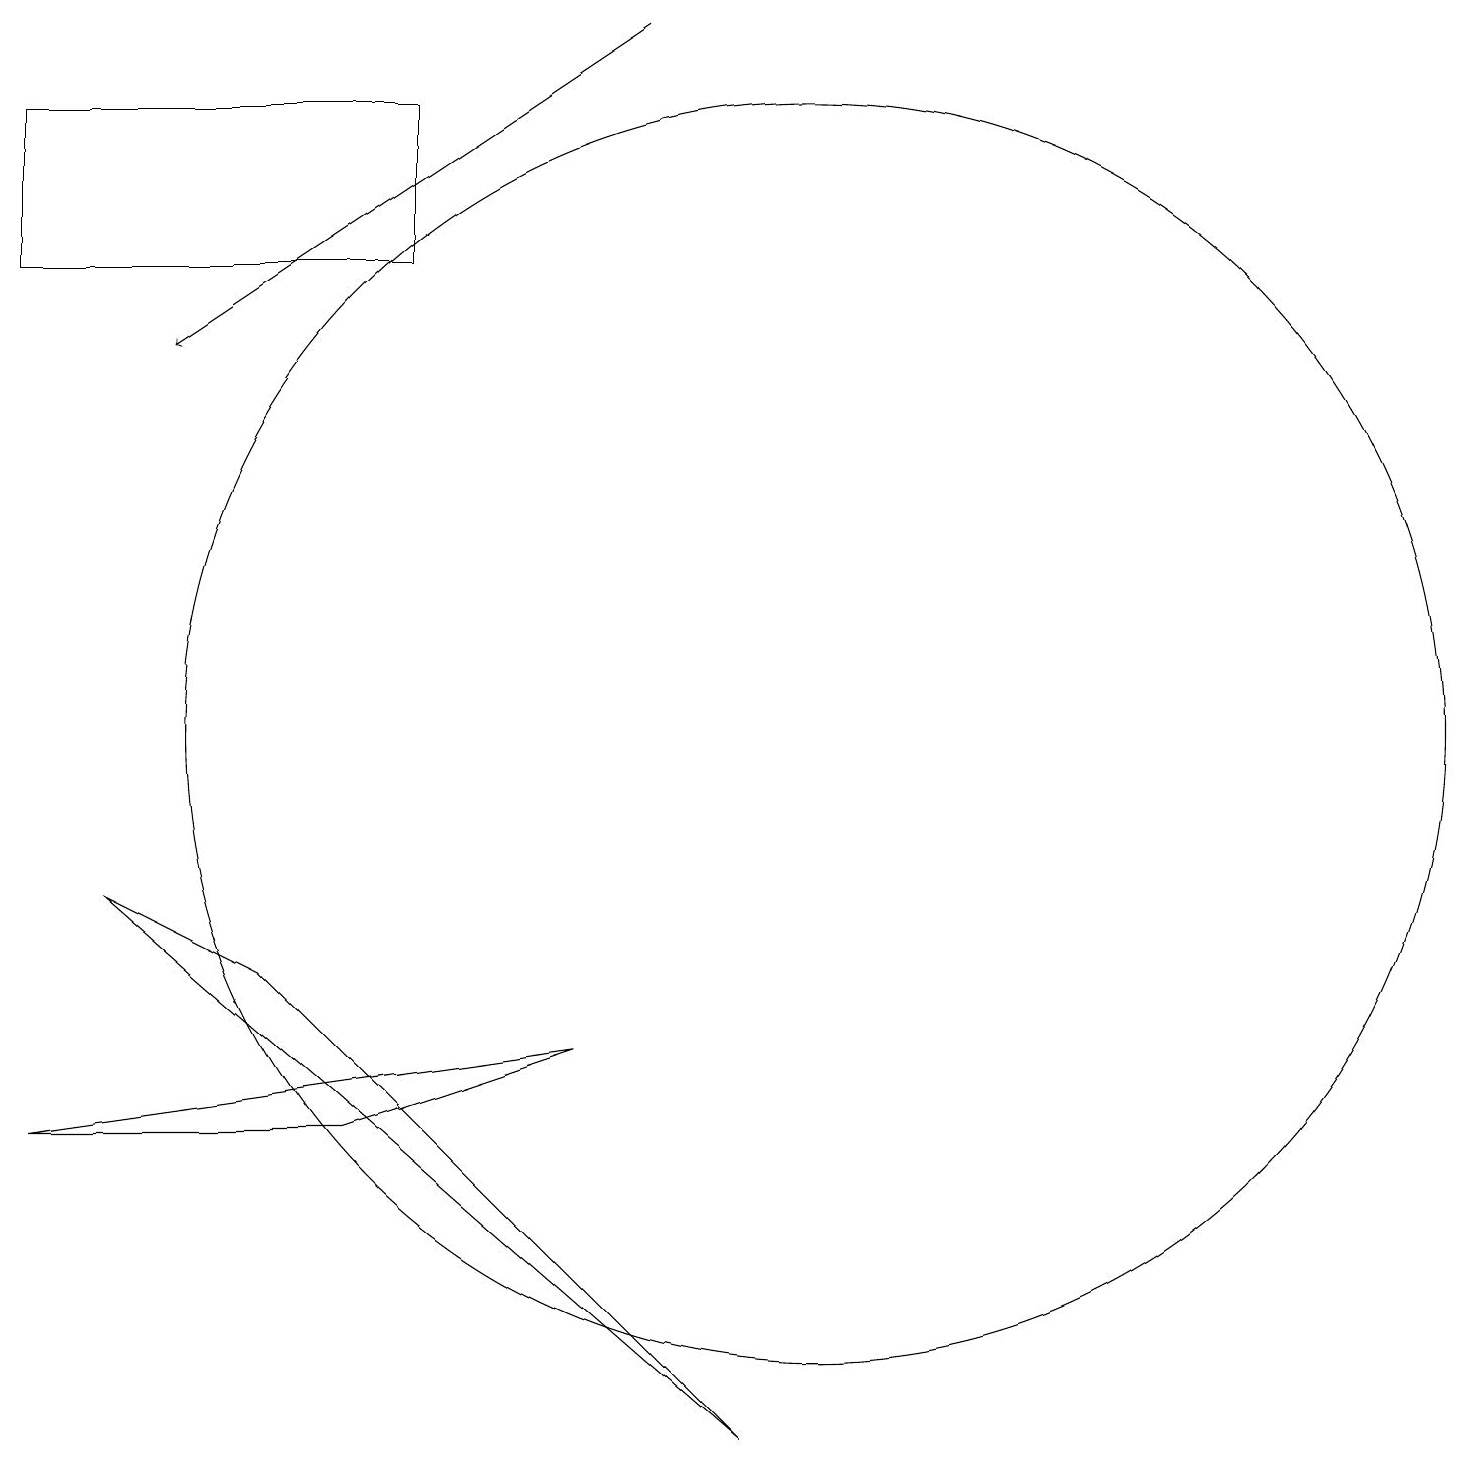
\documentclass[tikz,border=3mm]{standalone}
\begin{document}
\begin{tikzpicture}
\draw (10,10) circle (8);
\draw (0,18) rectangle (5,16);
\draw (7,6) -- (0,5) -- (4,5) -- cycle;
\draw (3,7) -- (1,8) -- (9,1) -- cycle;
\draw[->] (8,19) -- (2,15);
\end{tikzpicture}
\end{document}